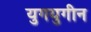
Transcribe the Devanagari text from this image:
युगयुगीन